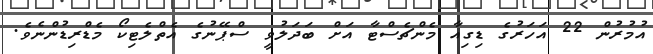
އުމުރުން 22 އަހަރުގެ ޑިގިއާ މެންޗެސްޓާ އަށް ބަދަލުވީ ސްޕޭނުގެ އެތްލެޓިކޯ މެޑްރިޑުންނެވެ.